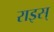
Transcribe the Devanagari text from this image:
राइस्